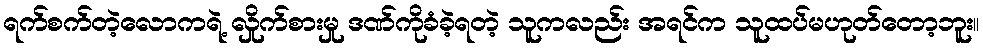
ရက်စက်တဲ့လောကရဲ့ လှိုက်စားမှု ဒဏ်ကိုခံခဲ့ရတဲ့ သူကလည်း အရင်က သူထပ်မဟုတ်တော့ဘူး။